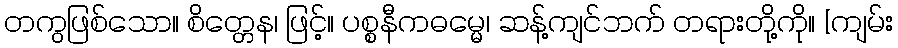
တကွဖြစ်သော။ စိတ္တေန၊ ဖြင့်။ ပစ္စနီကဓမ္မေ၊ ဆန့်ကျင်ဘက် တရားတို့ကို။ [ကျမ်း